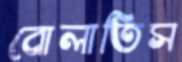
বোলাতিস